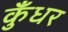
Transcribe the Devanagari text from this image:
कुँधर